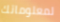
لمعلوماتك